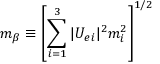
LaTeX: m _ { \beta } \equiv \left[ \sum _ { i = 1 } ^ { 3 } | U _ { e i } | ^ { 2 } m _ { i } ^ { 2 } \right] ^ { 1 / 2 }